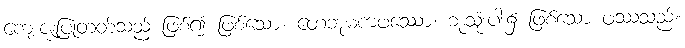
ကျေးဇူးပြုတတ်သည် ဖြစ်၍ ဖြစ်သော။ တေဘူမကဖဿော၊ ဘုံသုံးပါး၌ ဖြစ်သော ဖဿသည်။